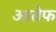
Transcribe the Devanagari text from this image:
आतेफ